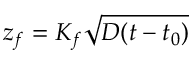
z _ { f } = K _ { f } \sqrt { D ( t - t _ { 0 } ) }